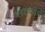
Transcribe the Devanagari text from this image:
प्लटफोर्म